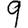
Digit: 9